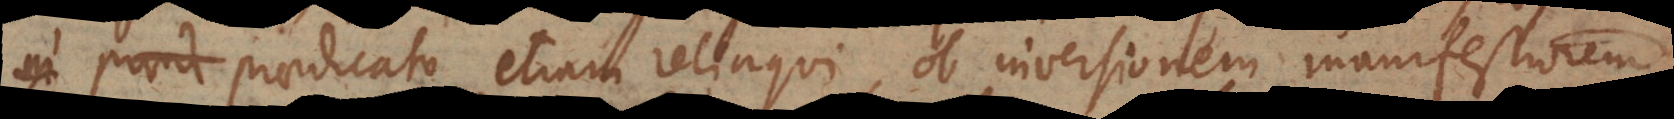
in praed praedicato etiam relinqui, ob inversionem manifestiorem.